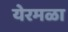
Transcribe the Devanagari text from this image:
येरमळा